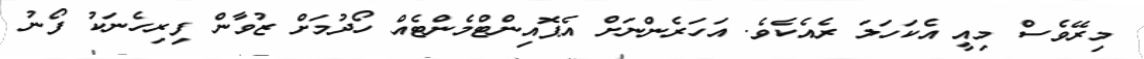
މިރޭވެސް މިއީ އެކަހަލަ ރެއެކެވެ. އަހަރެންނަށް އެޕޮއިންޓްމެންޓެއް ހޯދުމަށް ޒުވާން ފިރިހެނަކު ފޯނު